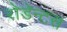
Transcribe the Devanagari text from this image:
रोडेन्टस